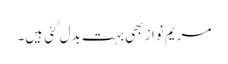
مریم نواز بھی بہت بدل گئی ہیں۔